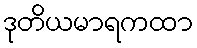
ဒုတိယမာရကထာ